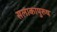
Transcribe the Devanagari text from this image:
सलाकापुरुष